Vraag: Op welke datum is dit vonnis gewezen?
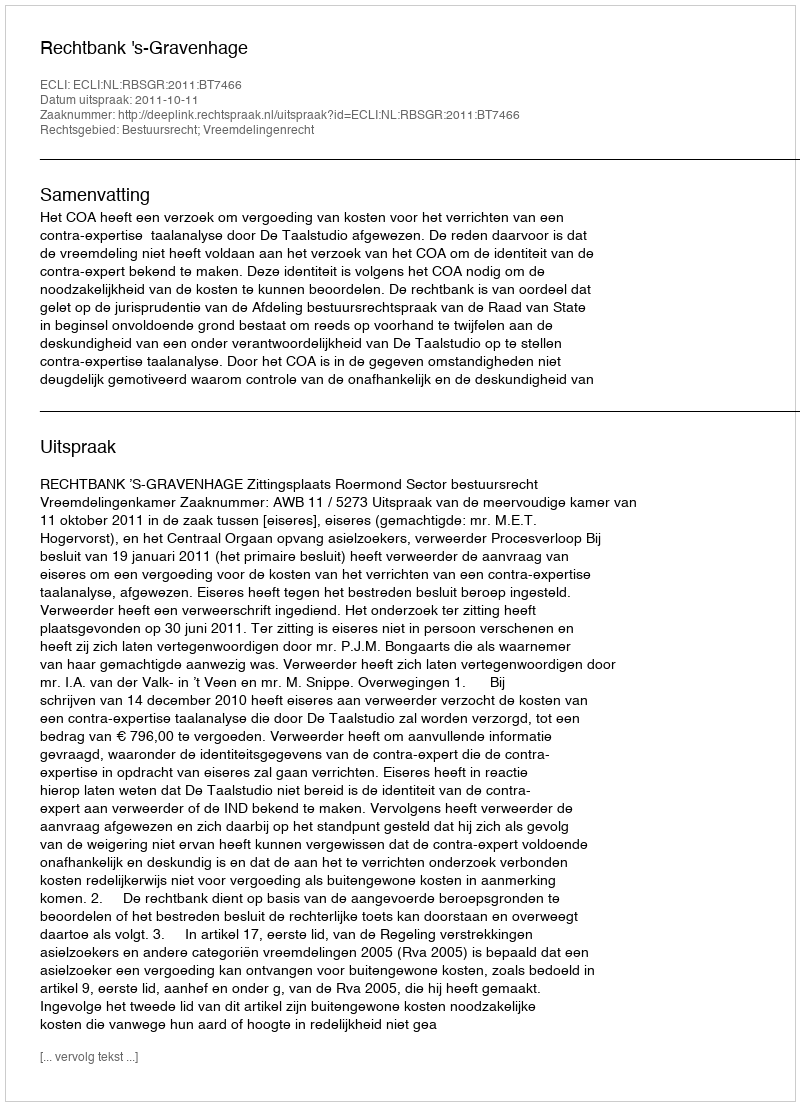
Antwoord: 2011-10-11